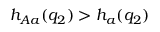
h _ { A a } ( q _ { 2 } ) > h _ { a } ( q _ { 2 } )